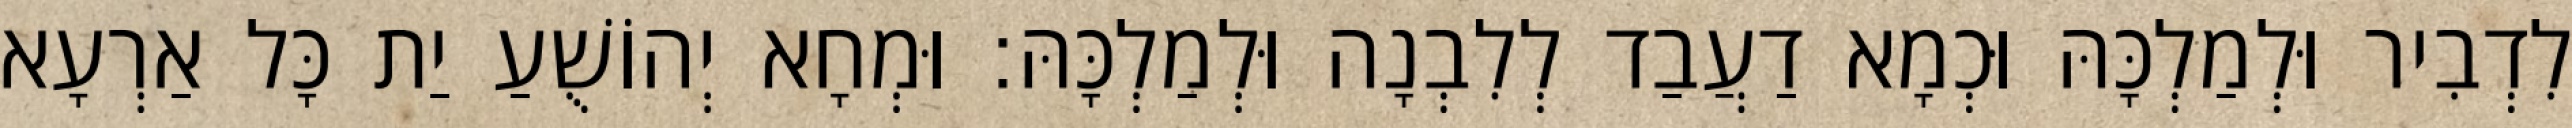
לִדְבִיר וּלְמַלְכָּהּ וּכְמָא דַעֲבַד לְלִבְנָה וּלְמַלְכָּהּ׃ וּמְחָא יְהוֹשֻׁעַ יַת כָּל אַרְעָא